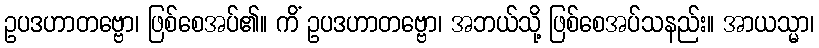
ဥပဒဟာတဗ္ဗော၊ ဖြစ်စေအပ်၏။ ကိံ ဥပဒဟာတဗ္ဗော၊ အဘယ်သို့ ဖြစ်စေအပ်သနည်း။ အာယသ္မာ၊